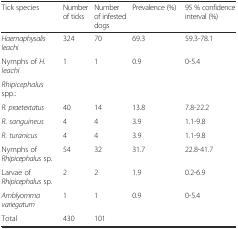
| Tick species | Number of ticks | Number of infested dogs | Prevalence (%) | 95 % confidence interval (%) |
 | --- | --- | --- | --- | --- |
 | Haemaphysalis leachi | 324 | 70 | 69.3 | 59.3-78.1 |
 | Nymphs of H. leachi | 1 | 1 | 0.9 | 0-5.4 |
 | Rhipicephalus spp.: |  |  |  |  |
 | R. praetextatus | 40 | 14 | 13.8 | 7.8-22.2 |
 | R. sanguineus | 4 | 4 | 3.9 | 1.1-9.8 |
 | R. turanicus | 4 | 4 | 3.9 | 1.1-9.8 |
 | Nymphs of Rhipicephalus sp. | 54 | 32 | 31.7 | 22.8-41.7 |
 | Larvae of Rhipicephalus sp. | 2 | 2 | 1.9 | 0.2-6.9 |
 | Amblyomma variegatum | 1 | 1 | 0.9 | 0-5.4 |
 | Total | 430 | 101 |  |  |